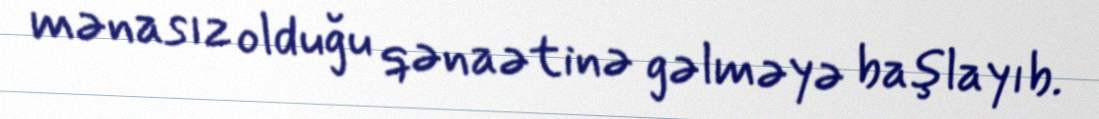
mənasız olduğu qənaətinə gəlməyə başlayıb.